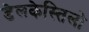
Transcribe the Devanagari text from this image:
डेलकेस्तिलो